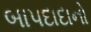
બાપદાદાનો